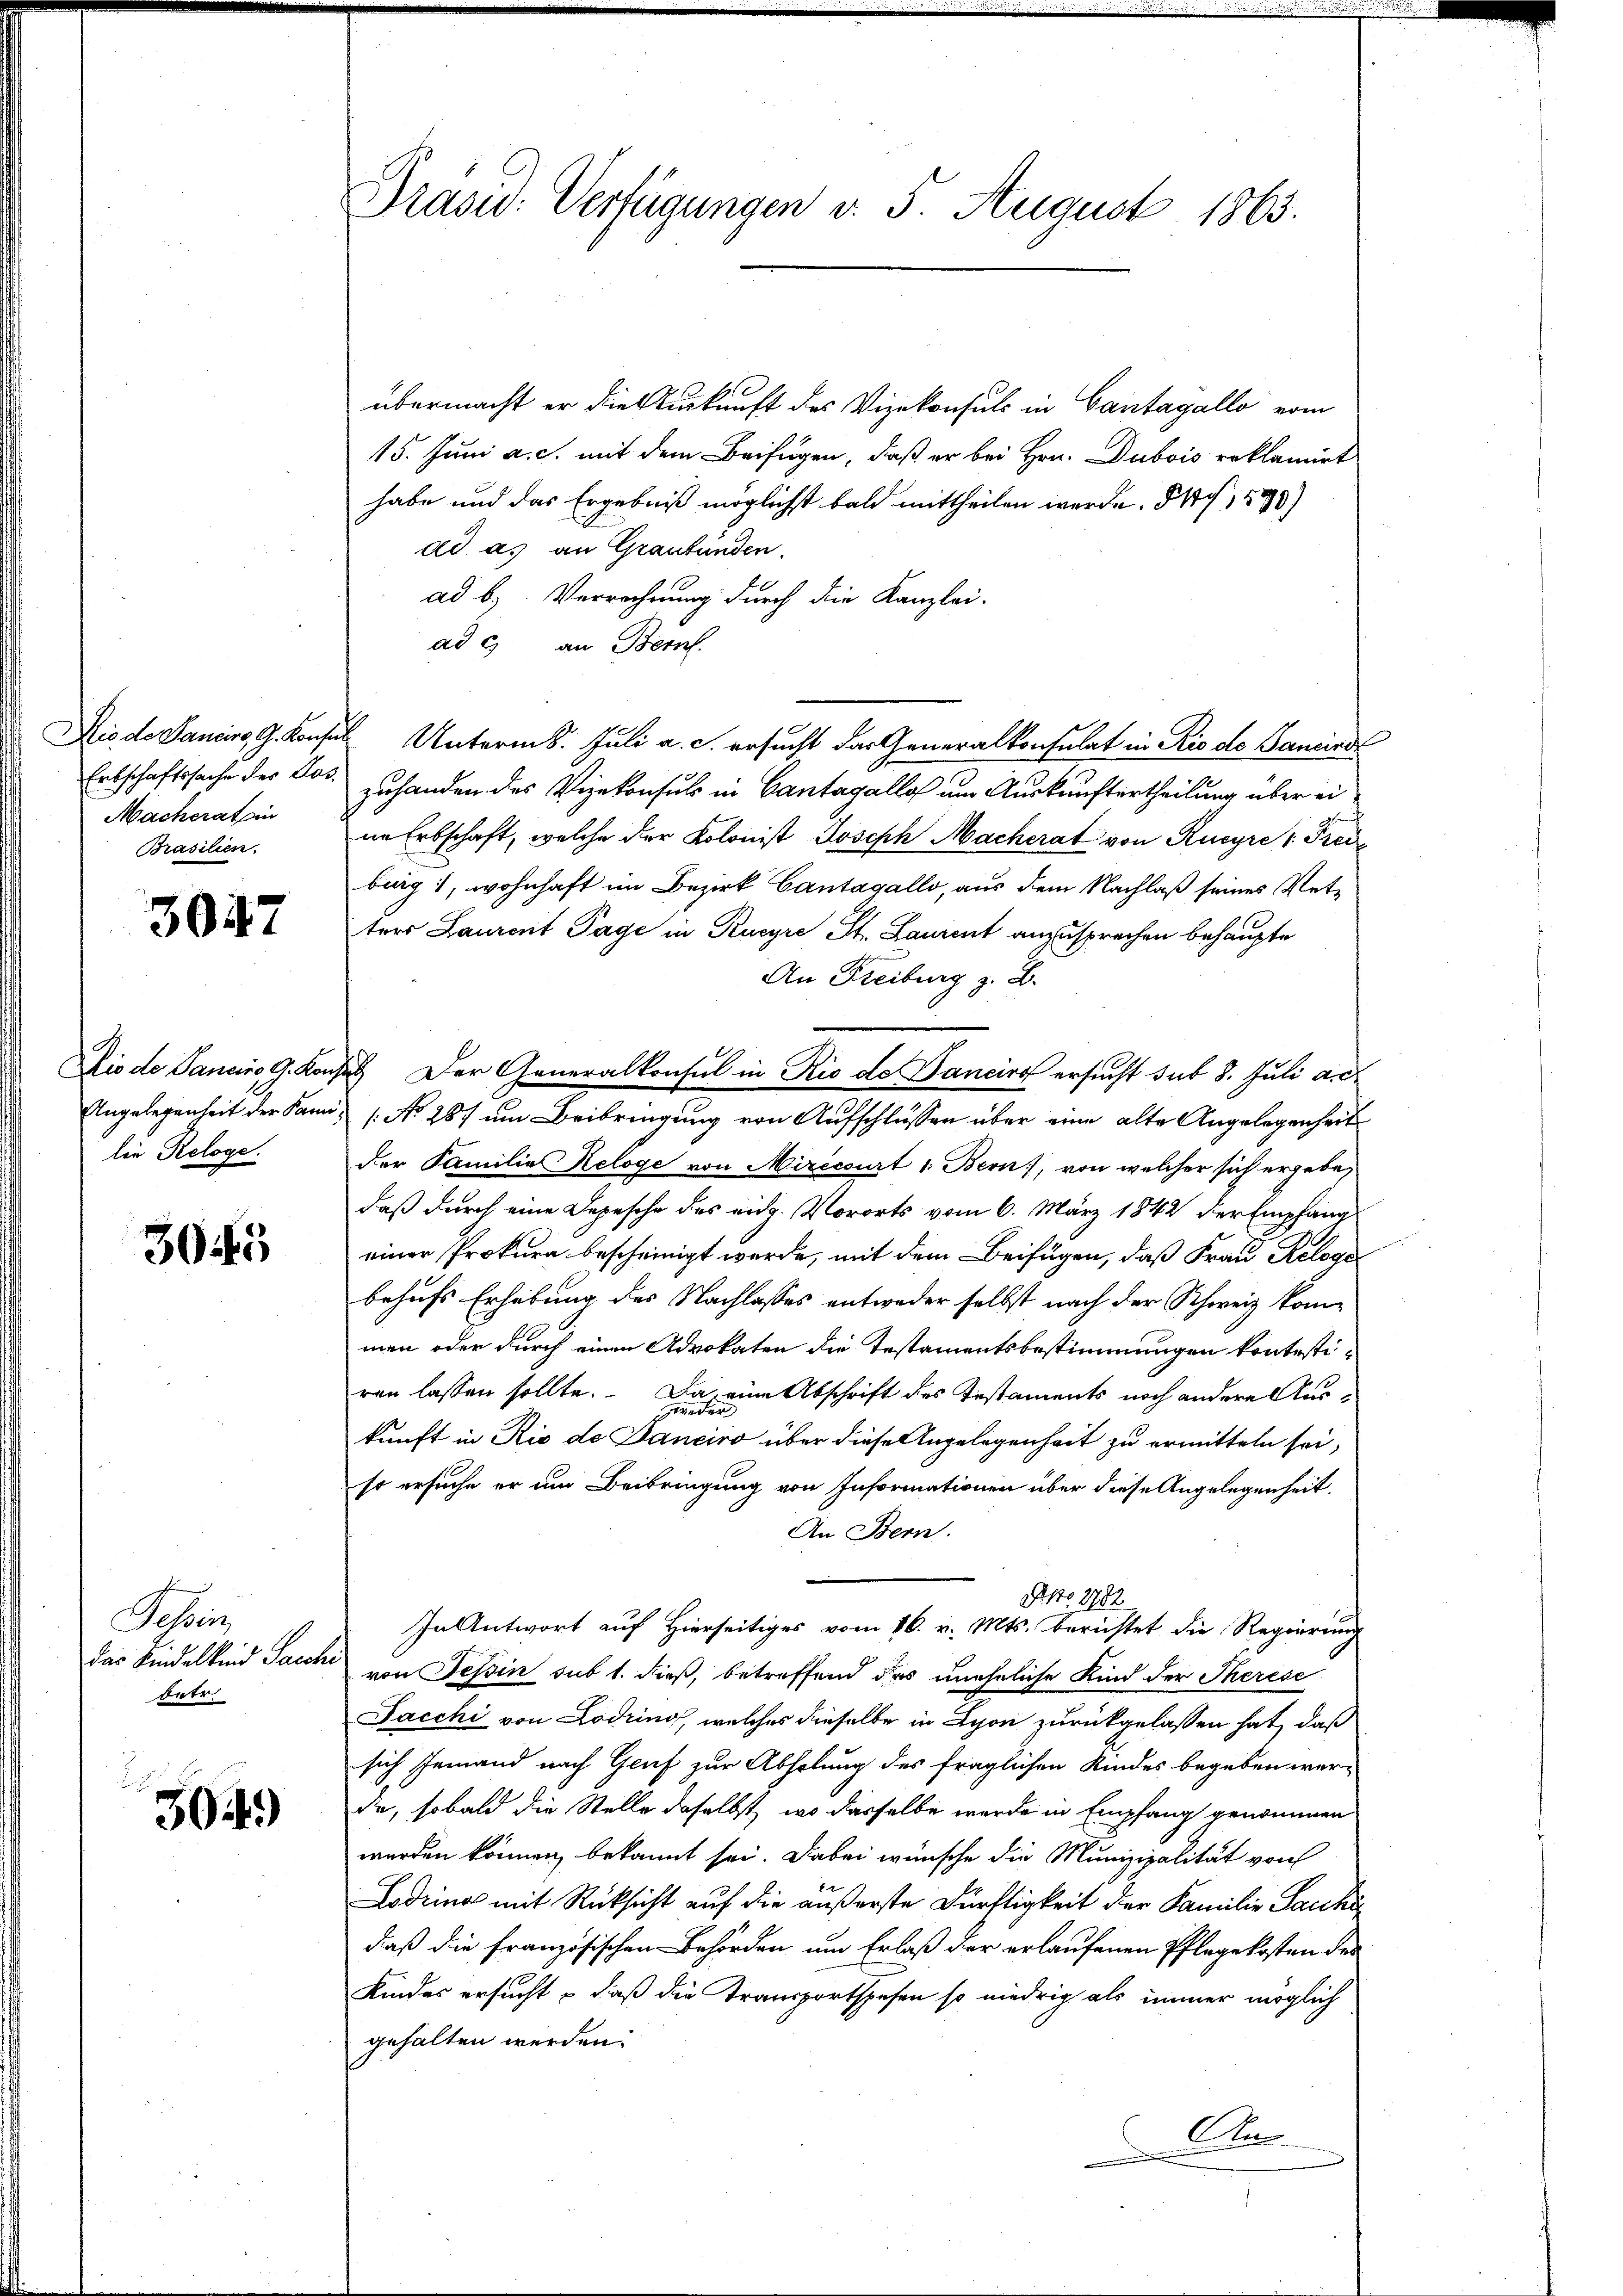
Macherat in
Brasilien.

3047

lie Reloge.

3045

Schreiz
das Kindelkind Sacchi
betr.

3049)

Präsid. Verfügungen d. 5. August 1863.

übermacht er die Auskunft des Vizekonsuls in Cantagallo vom
15. Juni a. c. mit dem Beifügen, daß er bei Hrn. Dubois erklamirt
habe und das Ergebniß möglichst bald mittheilen werde. 1599)
dd as an Graubünden.
ad b.) Verrechnung durch die Kanzlei-
ad c) an Bern.
is de Danien, G. Konsul Unterm 6. Juli a. c. ersucht das Generalkonsulat in Rio de Sanird
Erbschaftssache des Tod. zuhanden des Vizekonsuls in Cantagalle um Auskauftertheilung über einn Erbschaft, welche der Kolonist Joseph Macherat von Rueyrer Frei
burg, wohnhaft im Bezirk Cantagallo, aus dem Nachlaß seines Vetters Laurent Tage in Rucyre St. Laurent anzusprechen behaupte
An Freiburg z. B.
Dio de Sancino, G. Konsil. Der Generalkonsul in Rio de Bancirt ersucht sub 8. Juli a. d
Angelegenheit der Pani, 1. No 287 um Beibringung von Aufschlüssen über eine alte Angelegenheit
der Familie Keloge von Mirecourt 1. Bern, von welcher sich ergebe,
daß durch eine Depesche des eidg. Vororts vom 6. März 1842 der Empfangs
einer Prokura bescheinigt werde, mit dem Beifügen, daß Frau Reloge
behufs Erhebung des Nachlasses entweder selbst nach der Schweiz kommen oder durch einen Advokaten die Testamentsbestimmungen kontestiren lassen sollte. Da eine Abschrift des Instaments noch andere Auskunft in Rio de Janeiro über diese Angelegenheit zu ermitteln sei,
so ersuche er im Beibringung von Informationen über diese Angelegenheit.
An Bern.
Ao 1782
In Antwort auf Hierseitiges vom 26. v. Mts. berichtet die Regierung
von Tessin sub 1. dieß, betreffend das uneheliche Kind der Therese
Jacchi von Lodring, welches dieselbe in Lyon zurückgelassen hat, daß
sich jemand nach Genf zur Abholung des fraglichen Kindes begeben wer-
de, sobald die Stelle daselbst, wo dasselbe wurde in Empfang genommen.
werden können bekannt sei. Dabei wünsche die Munizipalität von
Lodring mit Rücksicht auf die äußerste Dürftigkeit der Familie Sache
daß die französischen Behörden um Erlaß der erlaufenen Pflegekosten des
Kindes ersucht, daß die Transportspesen so niedrig als immer möglich
gehalten werden.
An
D